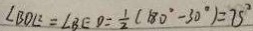
\angle B D E = \angle B E D = \frac { 1 } { 2 } ( 1 8 0 ^ { \circ } - 3 0 ^ { \circ } ) = 7 5 ^ { \circ }